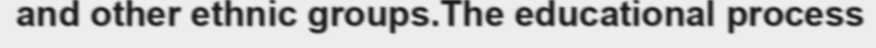
and other ethnic groups.The educational process